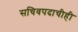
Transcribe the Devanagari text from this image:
सचिवपदाचीही